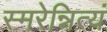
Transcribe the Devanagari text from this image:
स्मरेन्नित्यं